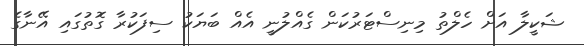
ޝަކީލާ އަށް ހެލްތު މިނިސްޓަރުކަން ގެއްލުނީ އެއް ބަޔަކު ސިފަކުރާ ގޮތުގައި އޭނާގެ